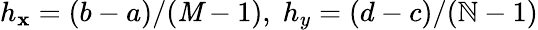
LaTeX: h_{\mathbf{x}}=(b-a)/(\mathit{M}-1),\; h_{y}=(d-c)/(\mathbb{N}-1)